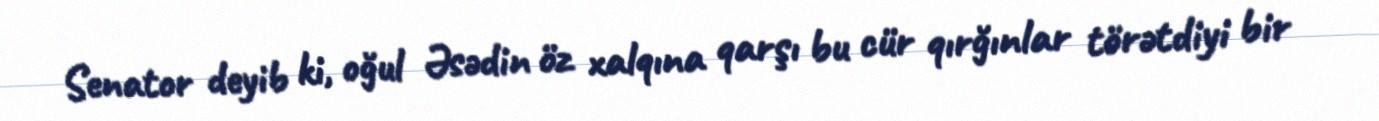
Senator deyib ki, oğul Əsədin öz xalqına qarşı bu cür qırğınlar törətdiyi bir